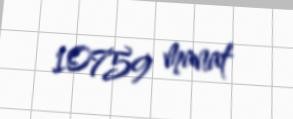
10759 manat